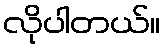
လိုပါတယ်။